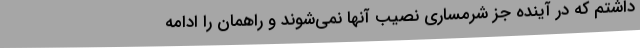
داشتم که در آینده جز شرمساری نصیب آنها نمی‌شوند و راهمان را ادامه